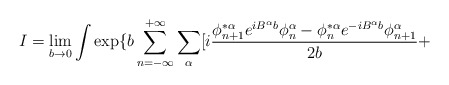
\begin{align*}I=\lim_{b \rightarrow 0} \int \exp \{b \sum_{n=-\infty}^{+ \infty} \sum_{\alpha} [i \frac{ \phi^{*\alpha}_{n+1}e^{iB^{\alpha}b} \phi^{\alpha}_n- \phi^{*\alpha}_ne^{-iB^{\alpha}b} \phi^{\alpha}_{n+1}}{2b} + \end{align*}